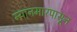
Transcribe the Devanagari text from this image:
म्यानमारपासून